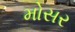
મોસર